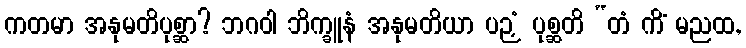
ကတမာ အနုမတိပုစ္ဆာ? ဘဂဝါ ဘိက္ခူနံ အနုမတိယာ ပဉှံ ပုစ္ဆတိ “တံ ကိံ မညထ,